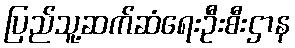
ပြည်သူ့ဆက်ဆံရေးဦးစီးဌာန